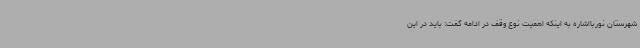
شهرستان نوربااشاره به اینکه اهمیت نوع وقف در ادامه گفت: باید در این